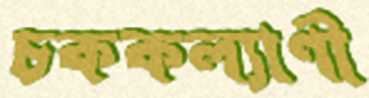
চককল্যাণী